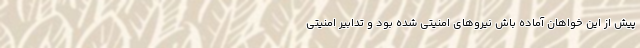
پیش از این خواهان آماده باش نیروهای امنیتی شده بود و تدابیر امنیتی